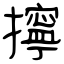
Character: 擰